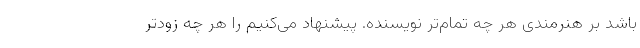
باشد بر هنرمندی هر چه تمام‌تر نویسنده. پیشنهاد می‌کنیم را هر چه زودتر